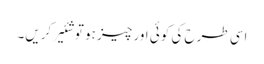
اسی طرح کی کوئی اور چیز ہو تو شئیر کریں۔